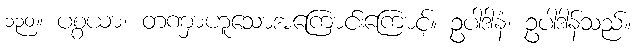
၁၃၀။ ပစ္စယာ၊ တဏှာဟူသောအကြောင်းကြောင့်။ ဥပါဒါနံ၊ ဥပါဒါန်သည်။